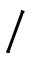
/